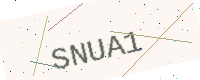
Text: SNUA1